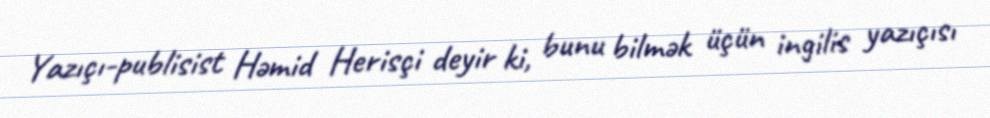
Yazıçı-publisist Həmid Herisçi deyir ki, bunu bilmək üçün ingilis yazıçısı